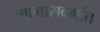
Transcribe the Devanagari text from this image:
मागासवर्गात